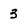
Character: 3